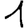
Digit: 1